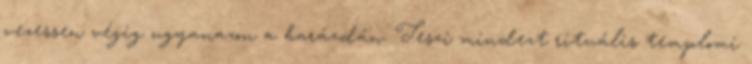
vezessen végig ugyanazon a barázdán. Teszi mindezt rituális templomi